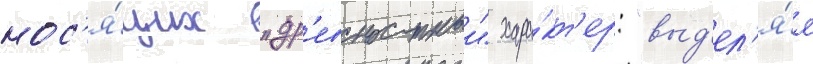
нос'я́щих "др'евностныи" хара́кт'ер: "выд'ел'я́я